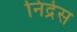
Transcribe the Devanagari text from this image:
निद्रेस